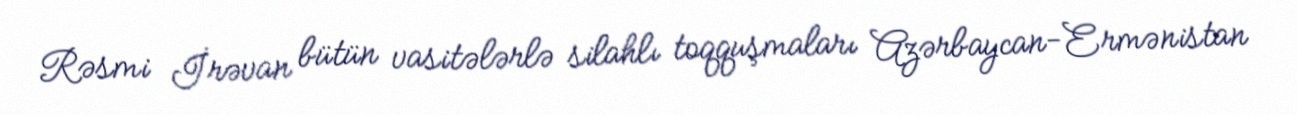
Rəsmi İrəvan bütün vasitələrlə silahlı toqquşmaları Azərbaycan-Ermənistan